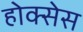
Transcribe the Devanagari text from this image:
होक्सेस